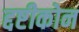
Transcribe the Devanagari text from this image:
द्दष्टीकोन